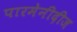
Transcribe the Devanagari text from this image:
पारमेनीदीज